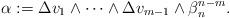
LaTeX: \begin{align*} \alpha := \Delta v_1\wedge\dots\wedge \Delta v_{m-1}\wedge\beta_n^{n-m}.\end{align*}